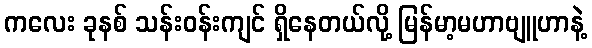
ကလေး ခုနစ် သန်းဝန်းကျင် ရှိနေတယ်လို့ မြန်မာ့မဟာဗျူဟာနဲ့